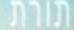
תורת